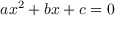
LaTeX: a x ^ { 2 } + b x + c = 0